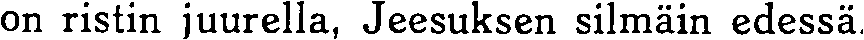
on ristin juurella, Jeesuksen silmäin edessä.